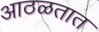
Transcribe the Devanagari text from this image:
आठळतात